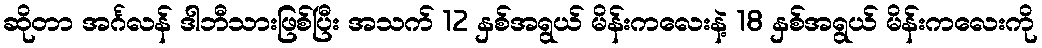
ဆိုတာ အင်္ဂလန် ဒါဘီသားဖြစ်ပြီး အသက် 12 နှစ်အရွယ် မိန်းကလေးနဲ့ 18 နှစ်အရွယ် မိန်းကလေးကို